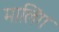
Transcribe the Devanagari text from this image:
मालिंग